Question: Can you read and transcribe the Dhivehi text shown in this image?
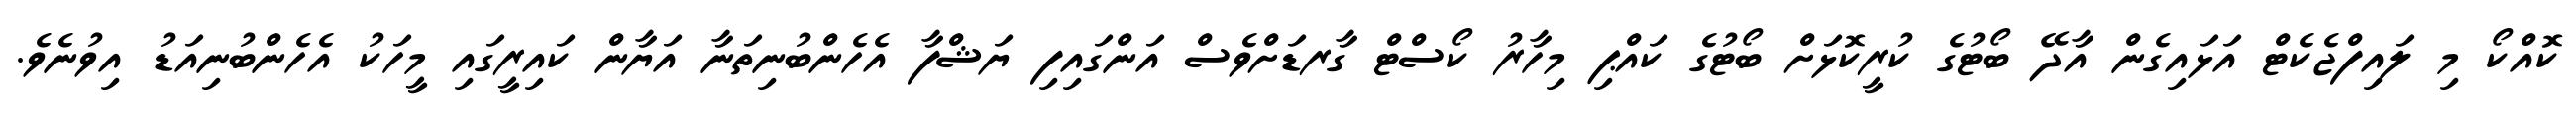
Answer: ކޮއްކޯ މި ލައިފްޖެކެޓް އަޅައިގެން އާދޭ ބޯޓުގެ ކުރީކޮޅަށް ބޯޓުގެ ކައްޕި މިހާރު ކޯސްޓް ގާރޑަށްވެސް އަންގައިފި ޔަޝްފާ އެހެންބުނިތަނާ އަޔާން ކައިރީގައި މީހަކު އެހެންބުނިއަޑު އިވުނެވެ.